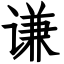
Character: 谦